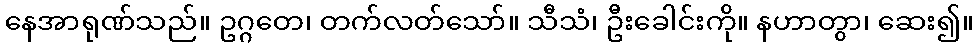
နေအာရုဏ်သည်။ ဥဂ္ဂတေ၊ တက်လတ်သော်။ သီသံ၊ ဦးခေါင်းကို။ နဟာတွာ၊ ဆေး၍။